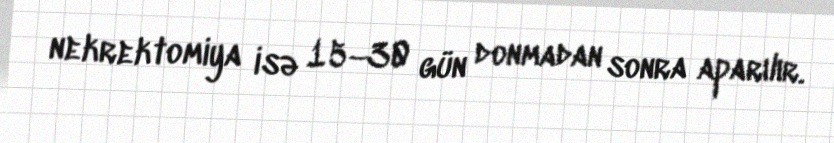
nekrektomiya isə 15–30 gün donmadan sonra aparılır.